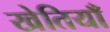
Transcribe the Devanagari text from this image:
खेतियाँ